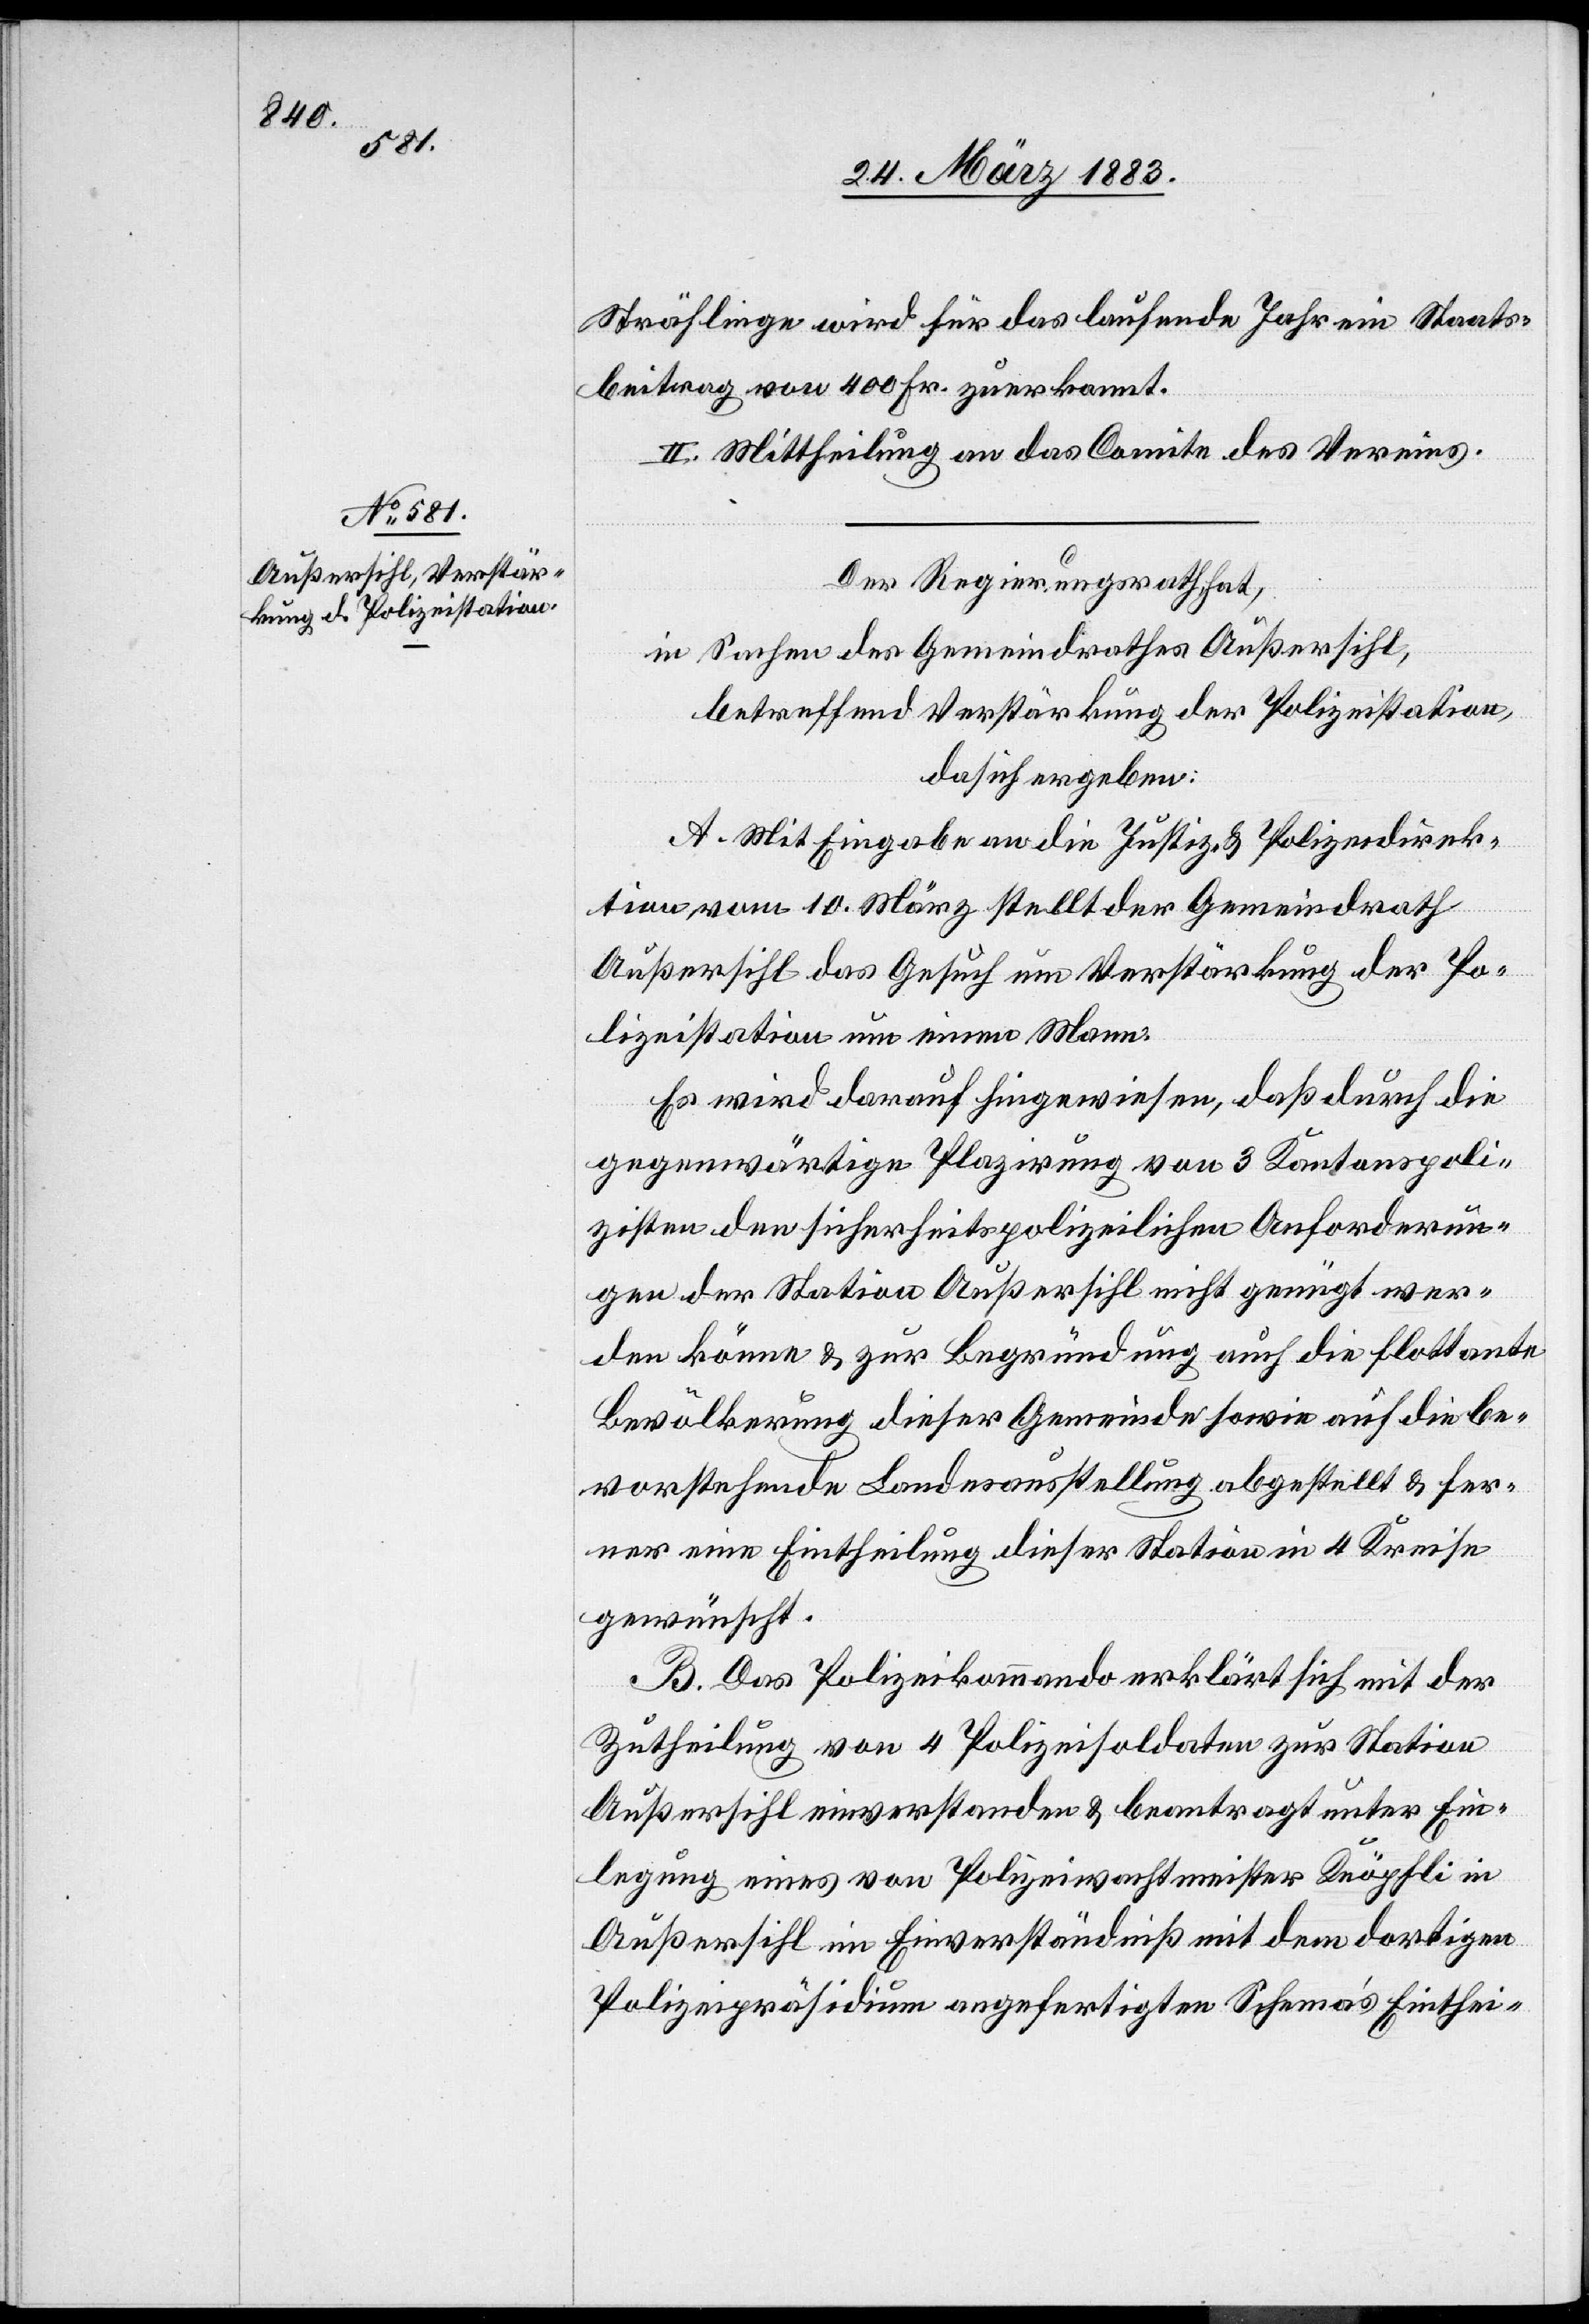
Sträflinge wird für das laufende Jahr ein Staats¬
beitrag von 400 Fr. zuerkannt.
II. Mittheilung an das Comite des Vereins.
Der Regierungsrath hat,
in Sachen des Gemeindrathes Außersihl,
betreffend Verstärkung der Polizeistation,
da sich ergeben:
A. Mit Eingabe an die Justiz- & Polizeidirek¬
tion vom 10. März stellt der Gemeindrath
Außersihl das Gesuch um Verstärkung der Po¬
lizeistation um einen Mann.
Es wird darauf hingewiesen, daß durch die
gegenwärtige Plazirung von 3 Kantonspoli¬
zisten den sicherheitspolizeilichen Anforderun¬
gen der Station Außersihl nicht genügt wer¬
den könne & zur Begründung auch [sic!] die flottante
Bevölkerung dieser Gemeinde sowie auf die be¬
vorstehende Landesausstellung abgestellt & fer¬
ner eine Eintheilung dieser Station in 4 Kreise
gewünscht.
B. Das Polizeikommando erklärt sich mit der
Zutheilung von 4 Polizeisoldaten zur Station
Außersihl einverstanden & beantragt unter Ein¬
legung eines von Polizeiwachtmeister Knöpfli in
Außersihl im Einverständniß mit dem dortigen
Polizeipräsidium angefertigten Schemaʼs Einthei-